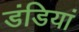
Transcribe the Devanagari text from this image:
डंडियां